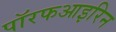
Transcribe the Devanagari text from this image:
पॉरफआइरिन